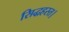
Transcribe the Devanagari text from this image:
सिद्धहस्त।